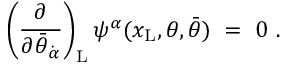
\left( { \frac { \partial } { \partial \bar { \theta } _ { \dot { \alpha } } } } \right) _ { \mathrm { L } } \psi ^ { \alpha } ( x _ { \mathrm { L } } , \theta , \bar { \theta } ) \ = \ 0 \ .